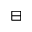
\boxminus